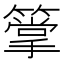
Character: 𥳶